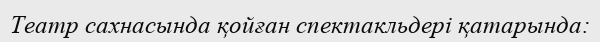
Театр сахнасында қойған спектакльдері қатарында: